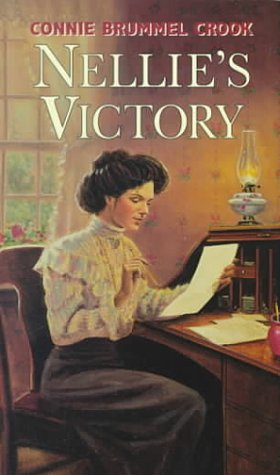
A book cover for Nellies Victory (Nellie McClung); Connie Brummel Crook; Teen & Young Adult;